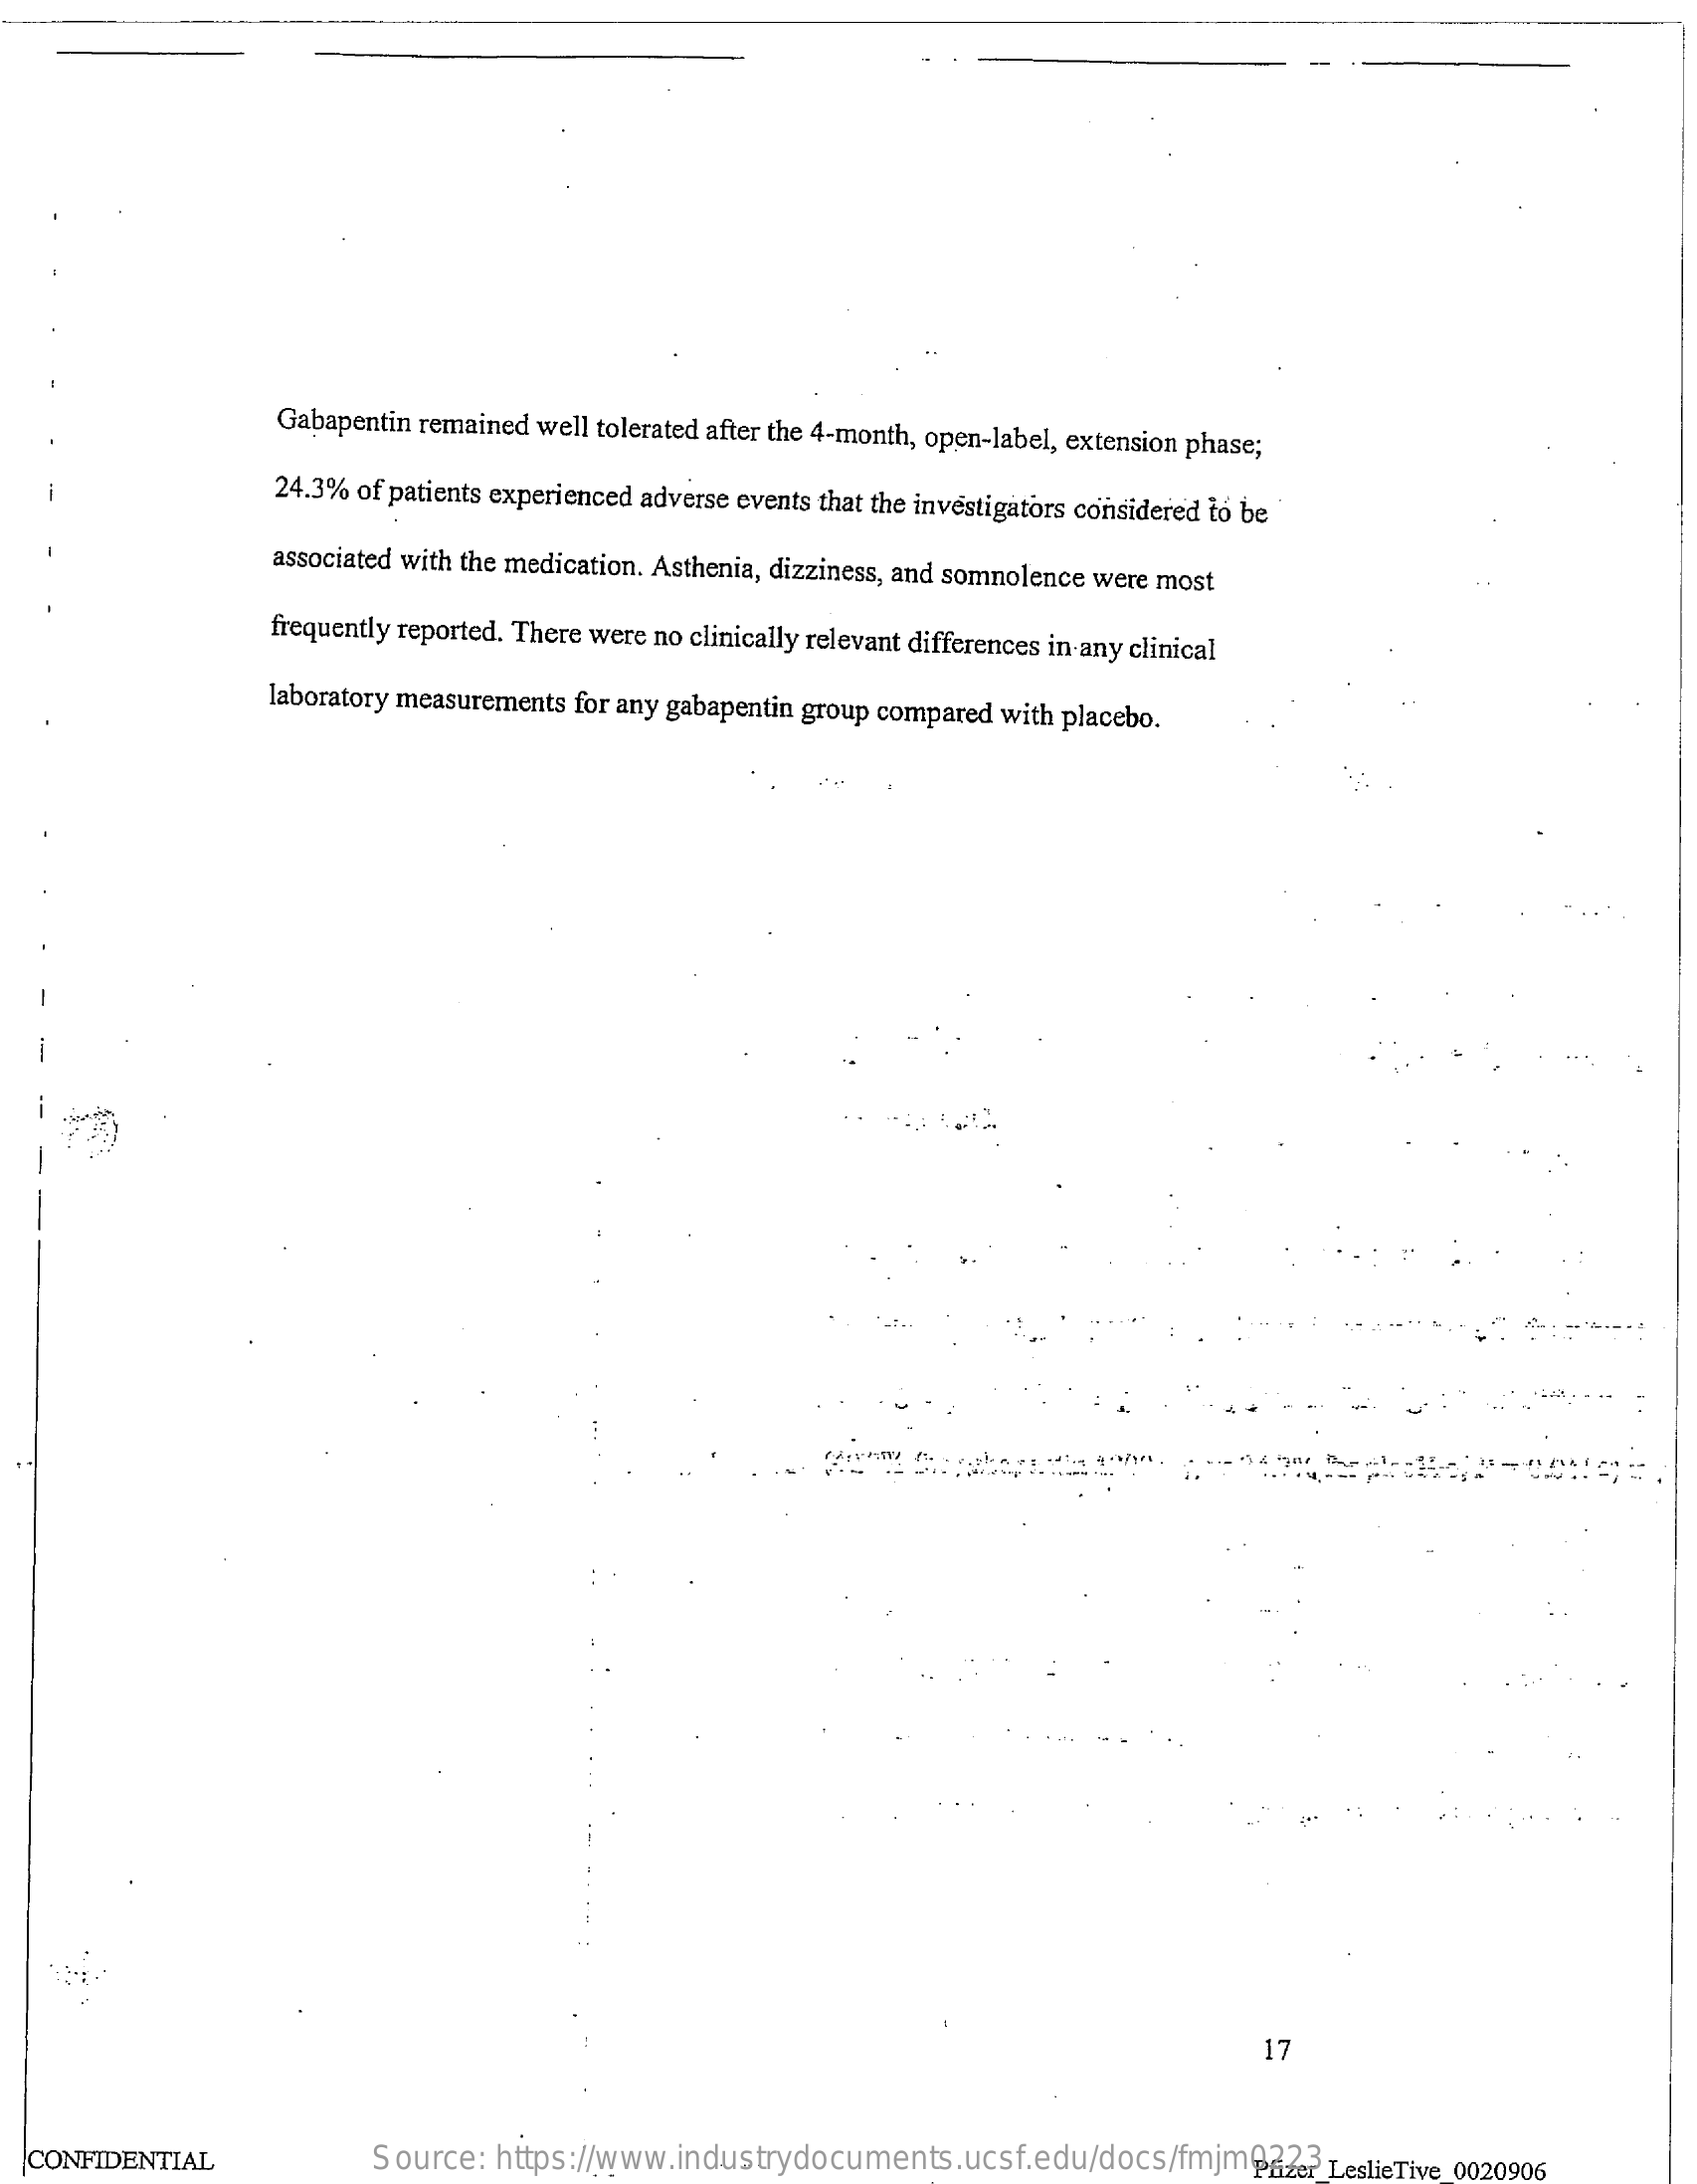
Gabapentin remained well tolerated after the 4-month, open-label, extension phase;
     24.3% of patients experienced adverse events that the investigators considered to be
     associated with the medication. Asthenia, dizziness, and somnolence were most
     frequently reported. There were no clinically relevant differences in any clinical
     laboratory measurements for any gabapentin group compared with placebo.
     17
  CONFIDENTIAL    Source: https://www.industrydocuments.ucsf.edu/docs/fmjm0223 Pfizer LeslieTive_0020906